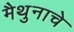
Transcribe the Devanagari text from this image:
मैथुनाचे